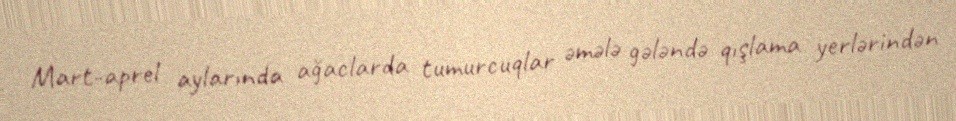
Mart-aprel aylarında ağaclarda tumurcuqlar əmələ gələndə qışlama yerlərindən